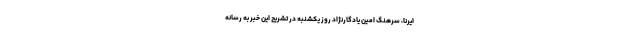
ایرنا، سرهنگ امین یادگارنژاد روز یکشنبه در تشریح این خبر به رسانه